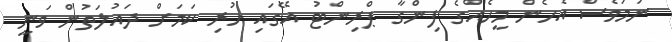
ނަމަވެސް އެހެން މީހެއްގެ ފިންގާ ޕްރިންޓު އޭގައި ހުރި ކަމަށް ދައުލަތުން ވަނީ